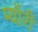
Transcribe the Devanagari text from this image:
म्यॉरी